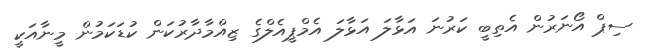
ސިޕް އޯނަރުން އެތިބީ ކަރުނަ އަޅާލަ އަޅާލަ އެމްޕީއެލްގެ ޒިއްމާދާރުކަން ކުޑަކަމުން މީނާއަކީ